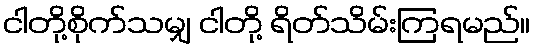
ငါတို့စိုက်သမျှ ငါတို့ ရိတ်သိမ်းကြရမည်။